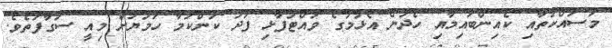
މަސައްކަތާއި ކެއިންބުއިމާއި ހެދުން އެޅުމުގެ ވައްޓަފާޅި ފަދަ ކަންކަމާ ހަމަޔަށް މިއީ ސަގާފަތެވެ.